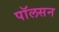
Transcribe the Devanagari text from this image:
पाॅलसन